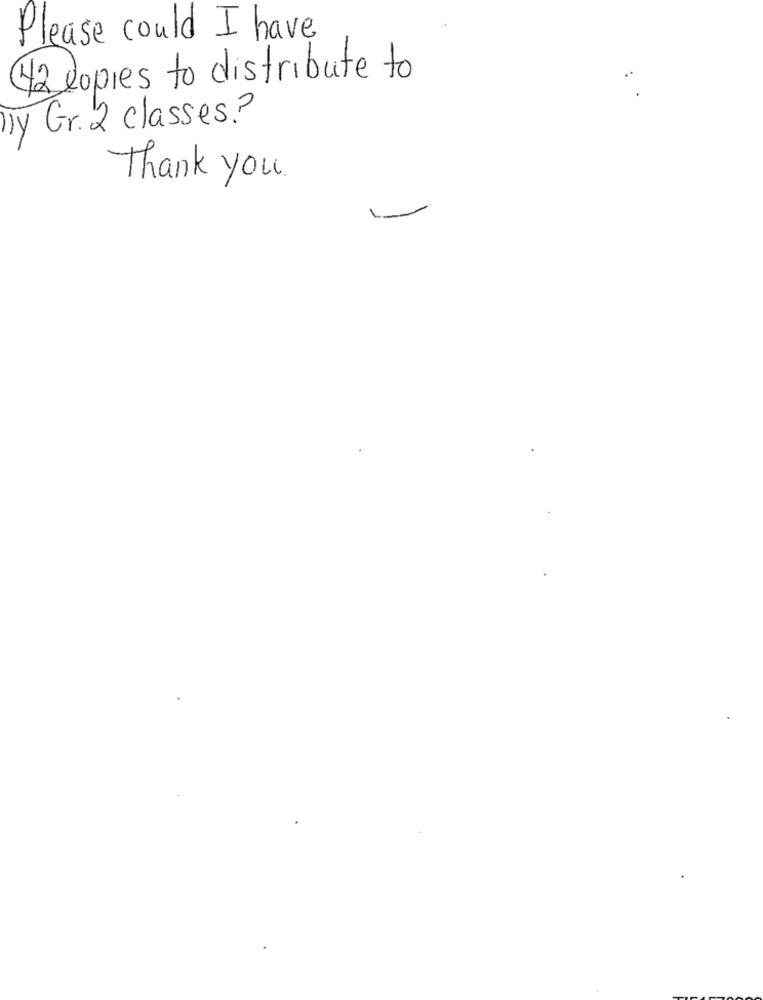
Please could I have
42 copies to distribute to
ly Gr. 2 classes?
Thank you.
1.